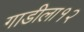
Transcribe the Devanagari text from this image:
गाडीला१२